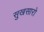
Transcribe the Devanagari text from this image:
सुखसारो